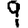
Digit: 9